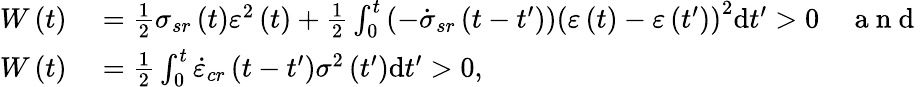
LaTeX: \begin{array}{rl}{W\left(t\right)}&{{}=\frac{1}{2}\sigma_{sr}\left(t\right)\varepsilon^{2}\left(t\right)+\frac{1}{2}\int_{0}^{t}\left(-\dot{\sigma}_{sr}\left(t-t^{\prime}\right)\right)\left(\varepsilon\left(t\right)-\varepsilon\left(t^{\prime}\right)\right)^{2}\mathrm{d}t^{\prime}>0\quad\mathrm{~a~n~d~}}\\ {W\left(t\right)}&{{}=\frac{1}{2}\int_{0}^{t}\dot{\varepsilon}_{cr}\left(t-t^{\prime}\right)\sigma^{2}\left(t^{\prime}\right)\mathrm{d}t^{\prime}>0,}\end{array}